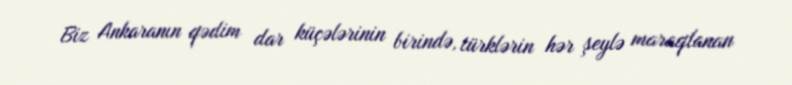
Biz Ankaranın qədim dar küçələrinin birində, türklərin hər şeylə maraqlanan